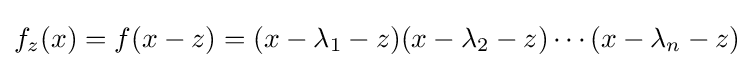
{\textstyle f_{z}(x)=f(x-z)=(x-\lambda _{1}-z)(x-\lambda _{2}-z)\cdots (x-\lambda _{n}-z)}